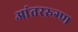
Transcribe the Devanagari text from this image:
आंतररुग्ण